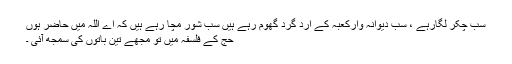
سب چکر لگارہے ، سب دیوانہ وارکعبہ کے ارد گرد گھوم رہے ہیں سب شور مچا رہے ہیں کہ اے اللہ میں حاضر ہوں
حج کے فلسفہ میں تو مجھے تین باتوں کی سمجھ آئی ۔